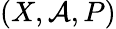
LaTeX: (X,{\mathcal{A}},P)